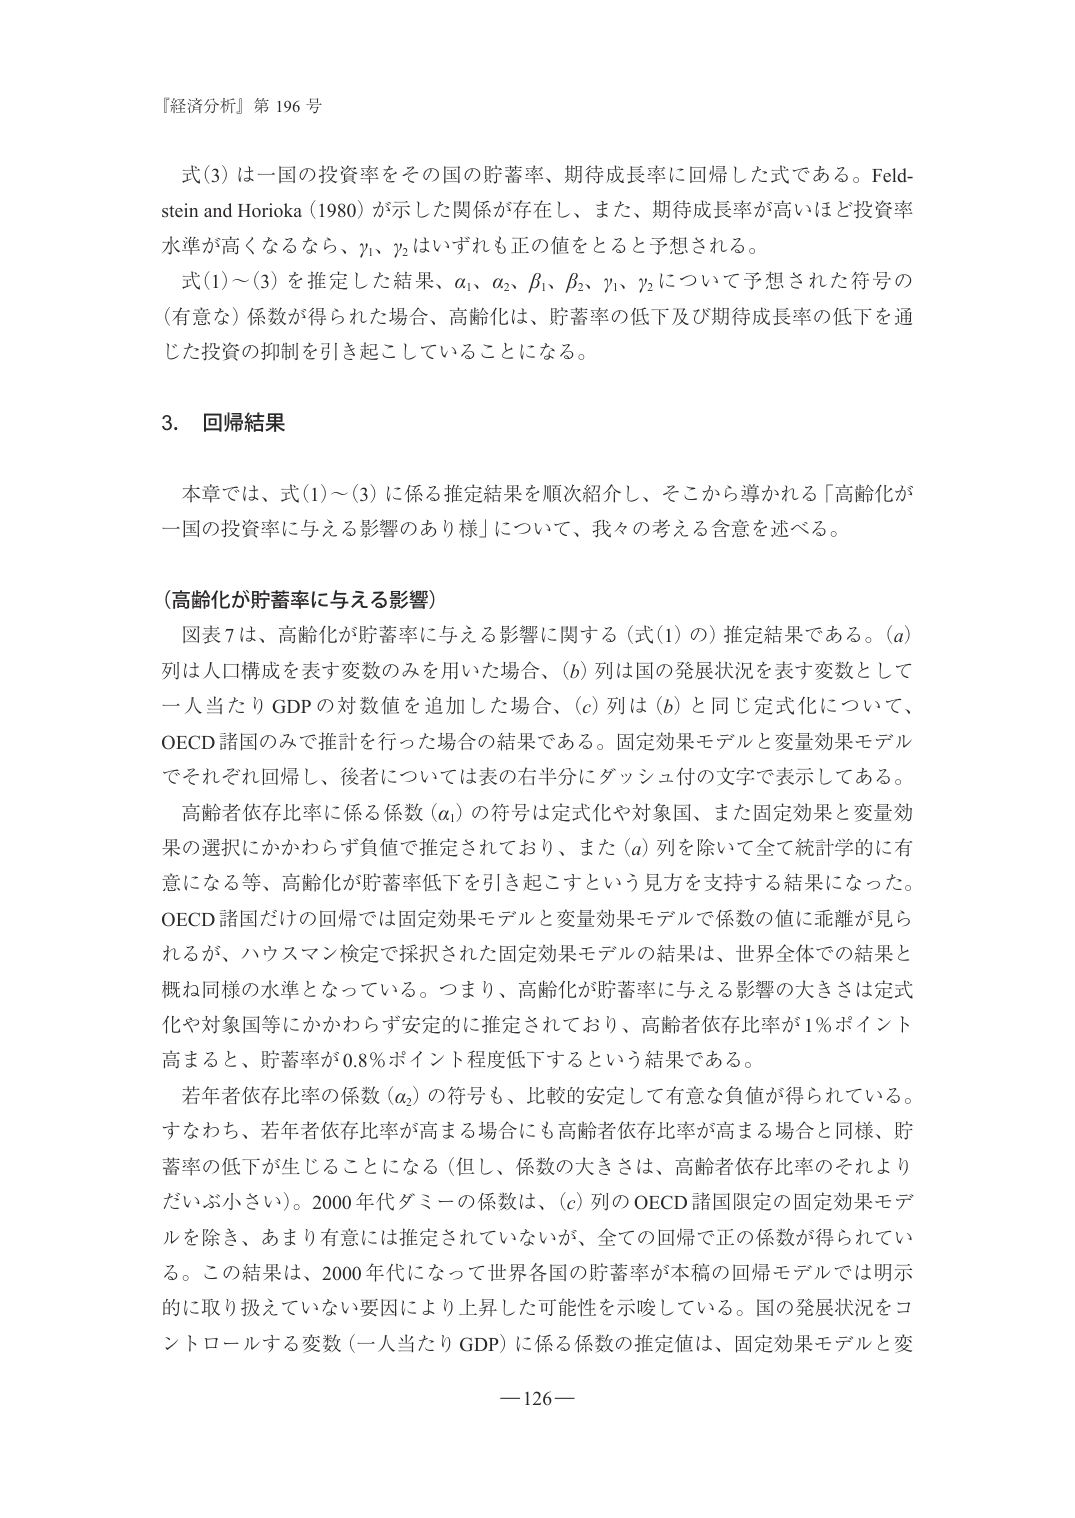
『経済分析』第 196 号

式(3) は一国の投資率をその国の貯蓄率、期待成長率に回帰した式である。Feldstein and Horioka (1980) が示した関係が存在し、また、期待成長率が高いほど投資率水準が高くなるなら、γ₁、γ₂ はいずれも正の値をとると予想される。

式(1)～(3) を推定した結果、α₁、α₂、β₁、β₂、γ₁、γ₂ について予想された符号の（有意な）係数が得られた場合、高齢化は、貯蓄率の低下及び期待成長率の低下を通じた投資の抑制を引き起こしていることになる。

3. 回帰結果

本章では、式(1)～(3) に係る推定結果を順次紹介し、そこから導かれる「高齢化が一国の投資率に与える影響のあり様」について、我々の考える含意を述べる。

（高齢化が貯蓄率に与える影響）

図表7は、高齢化が貯蓄率に与える影響に関する（式(1) の）推定結果である。(a) 列は人口構成を表す変数のみを用いた場合、(b) 列は国の発展状況を表す変数として一人当たり GDP の対数値を追加した場合、(c) 列は (b) と同じ定式化について、OECD 諸国のみで推計を行った場合の結果である。固定効果モデルと変量効果モデルでそれぞれ回帰し、後者については表の右半分にダッシュ付の文字で表示してある。

高齢者依存比率に係る係数 (α₁) の符号は定式化や対象国、また固定効果と変量効果の選択にかかわらず負値で推定されており、また (a) 列を除いて全て統計学的に有意になる等、高齢化が貯蓄率低下を引き起こすという見方を支持する結果になった。OECD 諸国だけの回帰では固定効果モデルと変量効果モデルで係数の値に乖離が見られるが、ハウスマン検定で採択された固定効果モデルの結果は、世界全体での結果と概ね同様の水準となっている。つまり、高齢化が貯蓄率に与える影響の大きさは定式化や対象国等にかかわらず安定的に推定されており、高齢者依存比率が1％ポイント高まると、貯蓄率が0.8％ポイント程度低下するという結果である。

若年者依存比率の係数 (α₂) の符号も、比較的安定して有意な負値が得られている。すなわち、若年者依存比率が高まる場合にも高齢者依存比率が高まる場合と同様、貯蓄率の低下が生じることになる（但し、係数の大きさは、高齢者依存比率のそれよりだいぶ小さい）。2000年代ダミーの係数は、(c) 列の OECD 諸国限定の固定効果モデルを除き、あまり有意には推定されていないが、全ての回帰で正の係数が得られている。この結果は、2000年代になって世界各国の貯蓄率が本稿の回帰モデルでは明示的に取り扱えていない要因により上昇した可能性を示唆している。国の発展状況をコントロールする変数（一人当たり GDP）に係る係数の推定値は、固定効果モデルと変

—126—